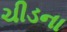
ચીડના